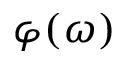
\varphi ( \omega )